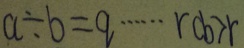
a \div b = q \cdots r c b > r